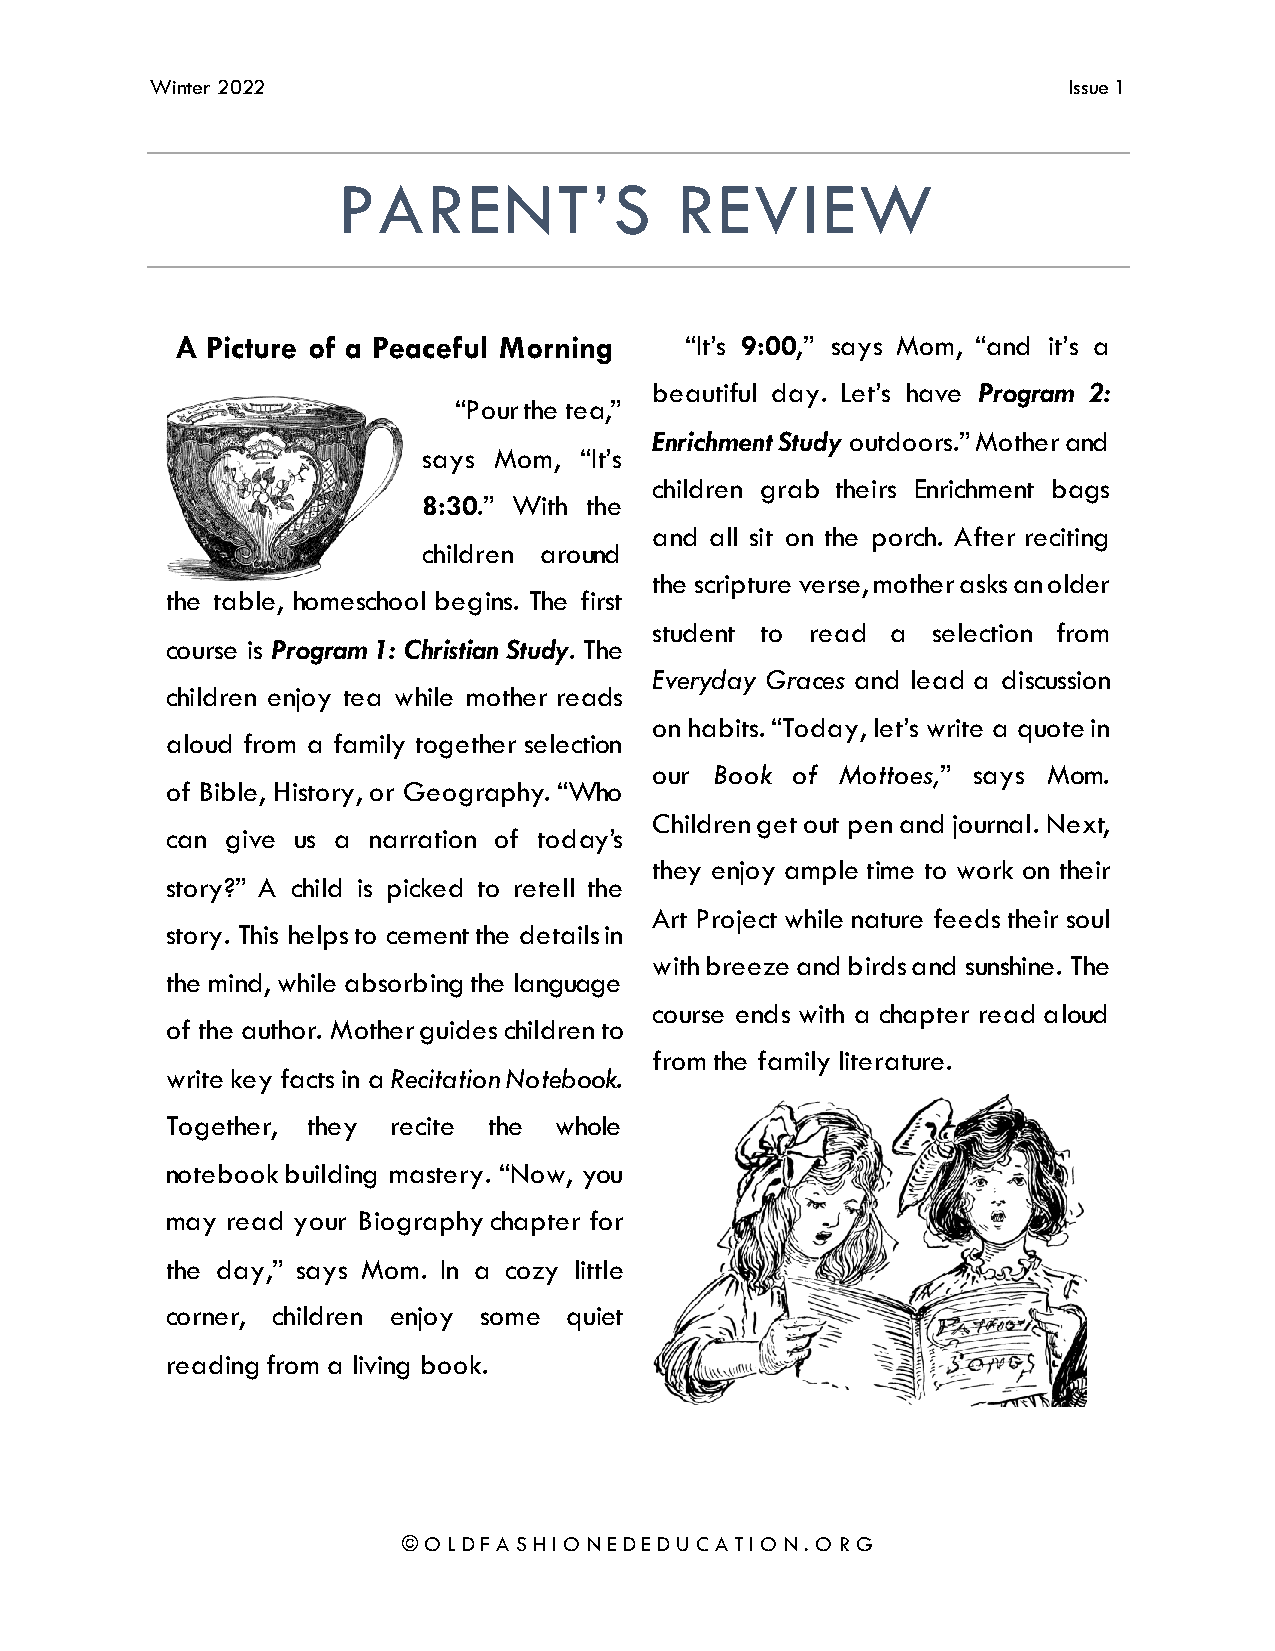
Winter 2022                                                  Issue 1
 PARENT’S               REVIEW
 A Picture of a Peaceful Morning  “It’s 9:00,” says Mom, “and it’s a
 beautiful day. Let’s have Program 2:
 “Pour the tea,”
 Enrichment Study outdoors.” Mother and
 says Mom, “It’s
 children grab theirs Enrichment bags
 8:30.” With the
 and all sit on the porch. After reciting
 children around
 the scripture verse, mother asks an older
 the table, homeschool begins. The first
 student to read a  selection from
 course is Program 1: Christian Study. The
 Everyday Graces and lead a discussion
 children enjoy tea while mother reads
 on habits. “Today, let’s write a quote in
 aloud from a family together selection
 our Book of  Mottoes,” says Mom.
 of Bible, History, or Geography. “Who
 Children get out pen and journal. Next,
 can give us a narration of today’s
 they enjoy ample time to work on their
 story?” A child is picked to retell the
 Art Project while nature feeds their soul
 story. This helps to cement the details in
 with breeze and birds and sunshine. The
 the mind, while absorbing the language
 course ends with a chapter read aloud
 of the author. Mother guides children to
 from the family literature.
 write key facts in a Recitation Notebook.
 Together, they recite the whole
 notebook building mastery. “Now, you
 may read your Biography chapter for
 the day,” says Mom. In a cozy little
 corner, children enjoy some quiet
 reading from a living book.
 © O L D F A S H I O N E D E D U C A T I O N . O R G